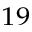
^ { 1 9 }